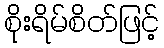
စိုးရိမ်စိတ်ဖြင့်